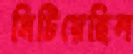
মিটিয়েছিল